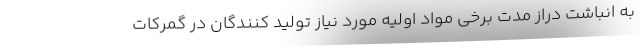
به انباشت دراز مدت برخی مواد اولیه مورد نیاز تولید کنندگان در گمرکات